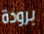
برودة